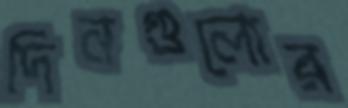
দিনগুলোর